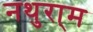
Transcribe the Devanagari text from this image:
नथुरा्म